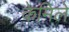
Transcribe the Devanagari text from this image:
केमिले